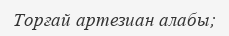
Торғай артезиан алабы;